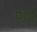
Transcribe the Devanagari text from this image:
पर्था